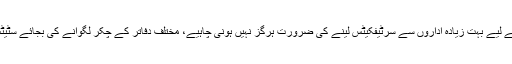
کم از کم ان انڈسٹریل سٹیٹس میں انڈسٹری لگانے کے لیے بہت زیادہ اداروں سے سرٹیفکیٹس لینے کی ضرورت ہرگز نہیں ہونی چاہیے، مختلف دفاتر کے چکر لگوانے کی بجائے سٹیٹس کے دفتروں میں ہی ون ونڈو آپریشن ہونا چاہیے۔